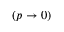
( p \rightarrow 0 )